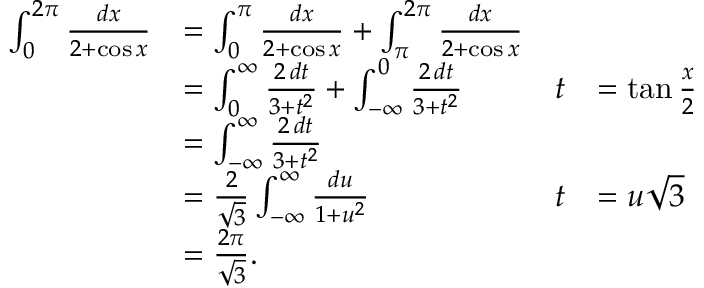
{ \begin{array} { r l r l } { \int _ { 0 } ^ { 2 \pi } { \frac { d x } { 2 + \cos x } } } & { = \int _ { 0 } ^ { \pi } { \frac { d x } { 2 + \cos x } } + \int _ { \pi } ^ { 2 \pi } { \frac { d x } { 2 + \cos x } } } \\ & { = \int _ { 0 } ^ { \infty } { \frac { 2 \, d t } { 3 + t ^ { 2 } } } + \int _ { - \infty } ^ { 0 } { \frac { 2 \, d t } { 3 + t ^ { 2 } } } } & { t } & { = \tan { \frac { x } { 2 } } } \\ & { = \int _ { - \infty } ^ { \infty } { \frac { 2 \, d t } { 3 + t ^ { 2 } } } } \\ & { = { \frac { 2 } { \sqrt { 3 } } } \int _ { - \infty } ^ { \infty } { \frac { d u } { 1 + u ^ { 2 } } } } & { t } & { = u { \sqrt { 3 } } } \\ & { = { \frac { 2 \pi } { \sqrt { 3 } } } . } \end{array} }